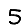
Digit: 5